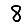
Digit: 8